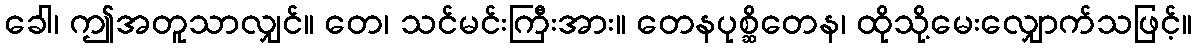
ခေါ၊ ဤအတူသာလျှင်။ တေ၊ သင်မင်းကြီးအား။ တေနပုစ္ဆိတေန၊ ထိုသို့မေးလျှောက်သဖြင့်။